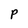
Character: P